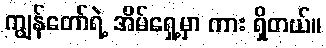
ကျွန်တော်ရဲ့ အိမ်ရှေ့မှာ ကား ရှိတယ်။